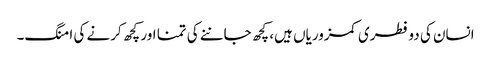
انسان کی دو فطری کمزوریاں ہیں، کچھ جاننے کی تمنا اور کچھ کرنے کی امنگ۔